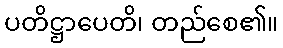
ပတိဋ္ဌာပေတိ၊ တည်စေ၏။